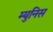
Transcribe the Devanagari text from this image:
म्युनिस